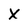
Character: X